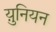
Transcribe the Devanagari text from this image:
य़ुनियन